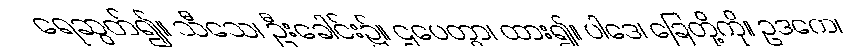
ရေဆွတ်၍။ သီသေ၊ ဦးခေါင်း၌။ ဌပေတွာ၊ ထား၍။ ပါဒေ၊ ခြေတို့ကို။ ဥဒကေ၊